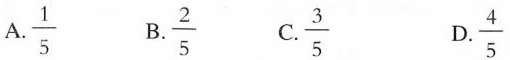
A.\frac{1}{5} B.\frac{2}{5} C.\frac{3}{5} D.\frac{4}{5}